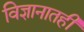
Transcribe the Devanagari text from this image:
विज्ञानातही